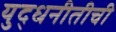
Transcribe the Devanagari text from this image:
युद्धनीतीची